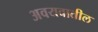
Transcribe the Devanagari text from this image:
अवयवातील